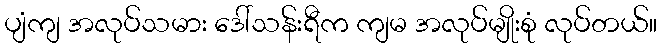
ပျံကျ အလုပ်သမား ဒေါ်သန်းရီက ကျမ အလုပ်မျိုးစုံ လုပ်တယ်။